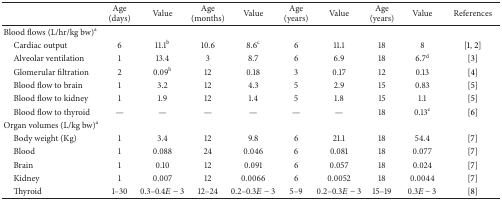
<table><thead><tr><td>[EMPTY_CELL]</td><td><b>Age (days)</b></td><td><b>Value</b></td><td><b>Age (months)</b></td><td><b>Value</b></td><td><b>Age (years)</b></td><td><b>Value</b></td><td><b>Age (years)</b></td><td><b>Value</b></td><td><b>References</b></td></tr></thead><tbody><tr><td>Blood flows (L/hr/kg bw)<sup>a</sup></td><td>[EMPTY_CELL]</td><td>[EMPTY_CELL]</td><td>[EMPTY_CELL]</td><td>[EMPTY_CELL]</td><td>[EMPTY_CELL]</td><td>[EMPTY_CELL]</td><td>[EMPTY_CELL]</td><td>[EMPTY_CELL]</td><td>[EMPTY_CELL]</td></tr><tr><td> Cardiac output</td><td>6</td><td>11.1<sup>b</sup></td><td>10.6</td><td>8.6<sup>c</sup></td><td>6</td><td>11.1</td><td>18</td><td>8</td><td>[1, 2]</td></tr><tr><td> Alveolar ventilation</td><td>1</td><td>13.4</td><td>3</td><td>8.7</td><td>6</td><td>6.9</td><td>18</td><td>6.7<sup>d</sup></td><td>[3]</td></tr><tr><td> Glomerular filtration</td><td>2</td><td>0.09<sup>b</sup></td><td>12</td><td>0.18</td><td>3</td><td>0.17</td><td>12</td><td>0.13</td><td>[4]</td></tr><tr><td> Blood flow to brain</td><td>1</td><td>3.2</td><td>12</td><td>4.3</td><td>5</td><td>2.9</td><td>15</td><td>0.83</td><td>[5]</td></tr><tr><td> Blood flow to kidney</td><td>1</td><td>1.9</td><td>12</td><td>1.4</td><td>5</td><td>1.8</td><td>15</td><td>1.1</td><td>[5]</td></tr><tr><td> Blood flow to thyroid</td><td>—</td><td>—</td><td>—</td><td>—</td><td>—</td><td>—</td><td>18</td><td>0.13<sup>e</sup></td><td>[6]</td></tr><tr><td>Organ volumes (L/kg bw)<sup>a</sup></td><td>[EMPTY_CELL]</td><td>[EMPTY_CELL]</td><td>[EMPTY_CELL]</td><td>[EMPTY_CELL]</td><td>[EMPTY_CELL]</td><td>[EMPTY_CELL]</td><td>[EMPTY_CELL]</td><td>[EMPTY_CELL]</td><td>[EMPTY_CELL]</td></tr><tr><td> Body weight (Kg)</td><td>1</td><td>3.4</td><td>12</td><td>9.8</td><td>6</td><td>21.1</td><td>18</td><td>54.4</td><td>[7]</td></tr><tr><td> Blood</td><td>1</td><td>0.088</td><td>24</td><td>0.046</td><td>6</td><td>0.081</td><td>18</td><td>0.077</td><td>[7]</td></tr><tr><td> Brain</td><td>1</td><td>0.10</td><td>12</td><td>0.091</td><td>6</td><td>0.057</td><td>18</td><td>0.024</td><td>[7]</td></tr><tr><td> Kidney</td><td>1</td><td>0.007</td><td>12</td><td>0.0066</td><td>6</td><td>0.0052</td><td>18</td><td>0.0044</td><td>[7]</td></tr><tr><td> Thyroid</td><td>1–30</td><td>0.3–0.4<i>E</i> − 3</td><td>12–24</td><td>0.2–0.3<i>E</i> − 3</td><td>5–9</td><td>0.2–0.3<i>E</i> − 3</td><td>15–19</td><td>0.3<i>E</i> − 3</td><td>[8]</td></tr></tbody></table>